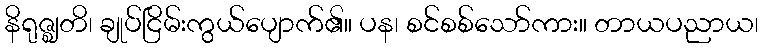
နိရုဇ္ဈတိ၊ ချုပ်ငြိမ်းကွယ်ပျောက်၏။ ပန၊ စင်စစ်သော်ကား။ တာယပညာယ၊